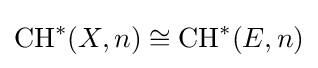
{\text{CH}}^{*}(X,n)\cong {\text{CH}}^{*}(E,n)